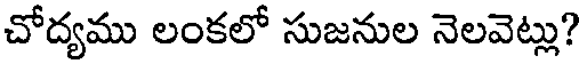
చోద్యము లంకలో సుజనుల నెలవెట్లు?